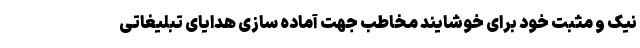
نیک و مثبت خود برای خوشایند مخاطب جهت آماده سازی هدایای تبلیغاتی